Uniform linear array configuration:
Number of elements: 24
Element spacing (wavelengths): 1
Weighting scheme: hann
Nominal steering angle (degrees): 0
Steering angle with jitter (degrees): -1.127
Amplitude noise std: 0.05
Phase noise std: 0.05

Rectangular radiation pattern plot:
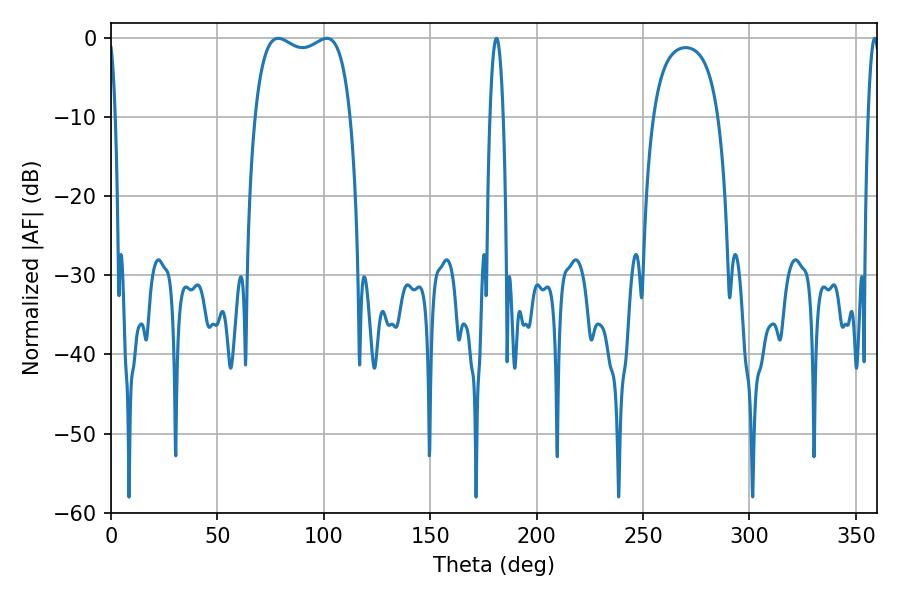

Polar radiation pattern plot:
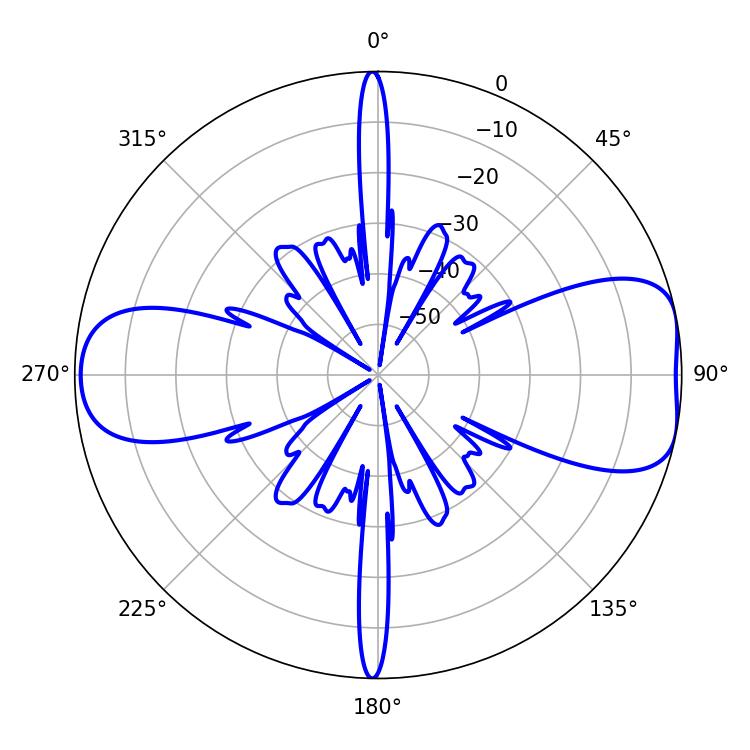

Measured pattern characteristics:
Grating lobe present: TRUE
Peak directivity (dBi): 8.187
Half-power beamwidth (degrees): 36.72
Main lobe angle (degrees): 78.66